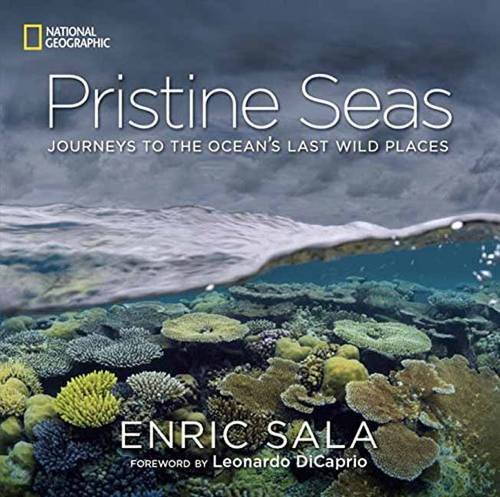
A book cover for Pristine Seas: Journeys to the Ocean's Last Wild Places; Enric Sala; Arts & Photography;